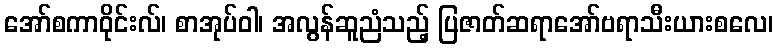
အော်စကာဝိုင်းလ်၊ စာအုပ်ဝါ၊ အလွန်ဆူညံသည့် ပြဇာတ်ဆရာအော်ဗရာသီးယားစလေ၊